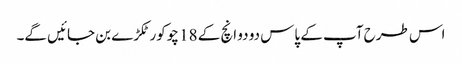
اس طرح آپ کے پاس دو دو انچ کے 18 چوکور ٹکڑے بن جائیں گے۔